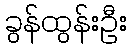
ခွန်ထွန်းဦး